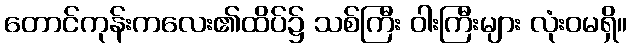
တောင်ကုန်းကလေး၏ထိပ်၌ သစ်ကြီး ဝါးကြီးများ လုံးဝမရှိ။